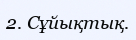
2. Сұйықтық.